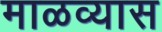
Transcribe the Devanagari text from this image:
माळव्यास